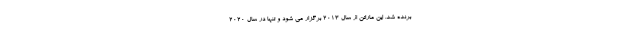
برنده شد. این ماراتن از سال ۲۰۱۳ برگزار می شود و تنها در سال ۲۰۲۰